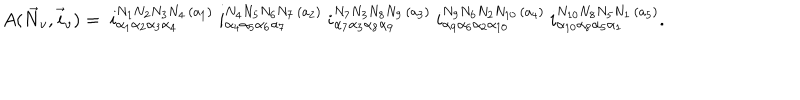
A ( \vec { N } _ { v } , \vec { i } _ { v } ) = \ { i } _ { \alpha _ { 1 } \alpha _ { 2 } \alpha _ { 3 } \alpha _ { 4 } } ^ { N _ { 1 } N _ { 2 } N _ { 3 } N _ { 4 } \, ( a _ { 1 } ) } \ { i } _ { \alpha _ { 4 } \alpha _ { 5 } \alpha _ { 6 } \alpha _ { 7 } } ^ { N _ { 4 } N _ { 5 } N _ { 6 } N _ { 7 } \, ( a _ { 2 } ) } \ { i } _ { \alpha _ { 7 } \alpha _ { 3 } \alpha _ { 8 } \alpha _ { 9 } } ^ { N _ { 7 } N _ { 3 } N _ { 8 } N _ { 9 } \, ( a _ { 3 } ) } \ { i } _ { \alpha _ { 9 } \alpha _ { 6 } \alpha _ { 2 } \alpha _ { 1 0 } } ^ { N _ { 9 } N _ { 6 } N _ { 2 } N _ { 1 0 } \, ( a _ { 4 } ) } \ { i } _ { \alpha _ { 1 0 } \alpha _ { 8 } \alpha _ { 5 } \alpha _ { 1 } } ^ { N _ { 1 0 } N _ { 8 } N _ { 5 } N _ { 1 } \, ( a _ { 5 } ) } .